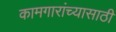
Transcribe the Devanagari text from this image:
कामगारांच्यासाठी